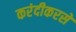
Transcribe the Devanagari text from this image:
करंदीकरसे